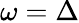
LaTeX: \omega=\Delta